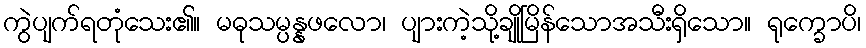
ကွဲပျက်ရတုံသေး၏။ မဓုသမ္ပန္နဖလော၊ ပျားကဲ့သို့ချိုမြိန်သောအသီးရှိသော။ ရုက္ခောပိ၊